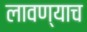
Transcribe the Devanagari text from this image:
लावण्याच